Alphabetical list of drugs, medicines and other preparations free from, and containing, spirit compiled from the results of tests made by the customs houses at Calcutta, Bombay, and Madras
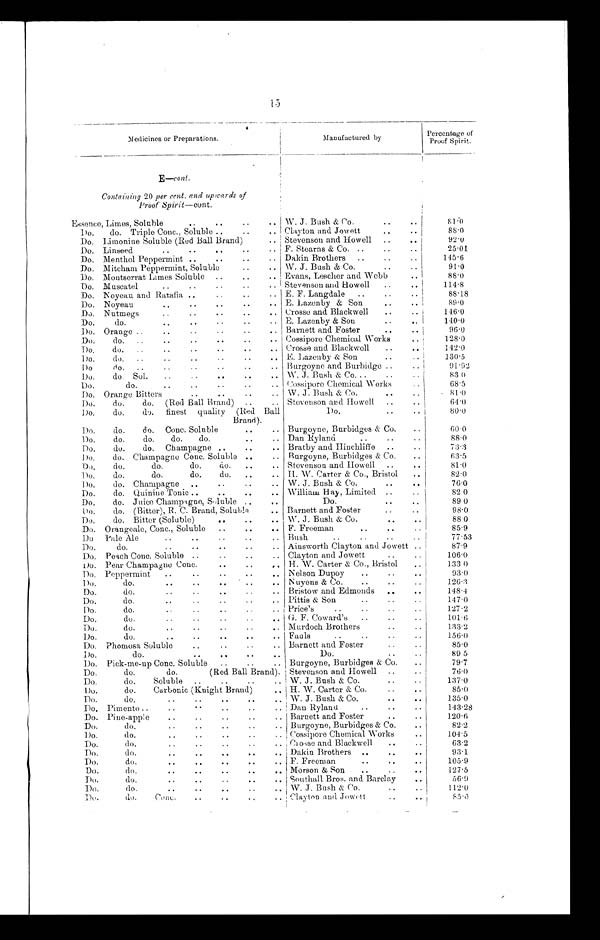
15
Medicines or Preparations.
Manufactured by
Percentage of
Proof Spirit.
E—cont.
Containing 20 per cent. and upwards of
Proof Spirit—cont.
Essence, Limes, Soluble
.. .. ..
.
.
W. J. Bush & Co.
8 1 . 0
1)o,
do. Triple Conc., Soluble ..
..
..
Clayton and Jowett
...
88.0
Do. Limonine Soluble (Red Ball Brand)
.. Stevenson and Howell
.. ..
92.0
Do. Linseed
..
..
..
..
.. F. Stearns & Co. ..
..
2 5 . 0 1
Do. Menthol Peppermint ..
..
..
.. Dakin Brothers
..
..
..
1 4 5 . 6
Do. Mitcham Peppermint, Soluble
..
.. W. J. Bush & Co.
..
91.0
Do. Montserrat Limes Soluble
..
..
.. Evans, Lescher and Webb
8 8 . 0
Do. Muscatel
..
..
..
.. I Stevenson and Howell
..
114.8
Do. Noyeau and Ratafia ..
..
.. E. F. Langdale
..
88.18
Do. Noyeau
..
..
..
.. E. Lazenby. & Son
..
..
89 . 0
Do. Nutmegs
..
..
. .
. . Crosse and Blackwell
..
..
146.0
Do.
do.
..
..
..
.. E. Lazenby & Son
..
..
140.0
Do. Orange ..
..
..
. . . . Barnett and Foster
..
..
96.0
Do.
do.
..
..
..
..
.. Cossipore Chemical Works
..
128.0
Do,
do. ..
..
. . . .
. .
.
Crosse and Blackwell
..
. .
142.0
Do.. d o .
. .
. .
. .
. .
. . E. Lazenby & Son
..
. .
130.5
Do
do. ..
..
...
..
. . Burgoyne and Burbidge ..
.
91.92
Do.
do. Sol. . .
. .
. .
. .
. . W. J. Bush & Co. .. .
..
. .
83. 0
Do.
do.
..
..
..
. . Cossipore Chemical Works
..
68.5
Do. Orange Bitters
..
..
..
. . W. J. Bush & Co. . .
. .
.
81.0
Do.
do.
do. (Red Ball Brand) ..
. . Stevenson and Howell ..
. '
64.0
Do.
do.
do. finest quality (Red Ball
Brand).
Do.
..
80.0
Do.
do.
do. Cone. Soluble
..
. . Burgoyne, Burbidges & Co. . .
6 0 . 0
Do.
do.
do.
do.
do.
..
.. Dan Ryland
..
..
..
8 8 . 0
Do.
do.
do.
Champagne ..
.. Bratby and Hinchliffe
..
7 3 . 3
Do.
do. Champagne Conc. Soluble ..
.. Burgoyne, Burbidges & Co.
..
63.5
- Do.
do. d o .
d o .
d o .
. .
. . Stevenson and. Howell ..
. .
81.0
Do.
do.
do.
do.
do. ..
.. IL W. Carter & Co., Bristol
..
82.0
Do.
do. Champagne ..
..
..
.. W. J. Bush & Co.
..
..
76.0
Do.
do. Quinine Tonic ..
. . . . . .
William Hay, Limited ..
82.0
Do.
do. Juice Champagne, Soluble ..
. .
Do. . .
. .
89.0
Do.
do. (Bitter), R. C. Brand, Soluble
. . Barnett and Foster
..
98.0
Do
do. Bitter (Soluble)
..
. . . .
W. J . Bush & Co.
..
. .
88.0
Do. Orangeale, Conc., Soluble ..
..
. . F. Freeman
..
..
85.9
Do Pale Ale
..
..
..
..
. . Bush
. . . .
. .
. .
77.53
Do.
do. . .
. .
. .
. . Ainsworth Clayton and Jowett . .
87.9
Do. Peach Conc. Soluble ..
..
..
. . Clayton and Jowett
..
. .
106.0
Do. Pear Champagne Conc.
..
..
. . H. W. Carter & Co., Bristol
. .
133.0
Do. Peppermint
..
..
..
..
.. Nelson Dupoy ..
..
. .
93.0
Do.
do.
..
..
..
..
. . Nuyens & Co.
..
..
126.3
Do.
do.
..
..
..
..
.. Bristow and Edmonds ..
..
148.4
Do.
do. . .
. .
. .
. . Pittis & Son
..
..
147.0
Do,
do.
..
..
..
.. Price's
..
..
1 2 7 . 2
Do.
do.
..
..
..
..
. . G. F. Coward's ..
..
..
101.6
Do.
do.
..
..
..
..
Murdoch Brothers
.. ..
133.2
Do.
do.
..
..
..
..
. . Fauls
..
..
..
. .
156.0
Do. Phomosa, Soluble
..
..
..
.. Barnett and Foster
..
..
85.0
Do.
do.
..
..
..
..
Do.
..
..
89 5
Do. Pick-me-up Conc. Soluble ..
.. Burgoyne, Burbidges & Co.
..
79.7
Do.
do.
do.
(Red Ball Brand). Stevenson and Howell ..
..
76.0
Do.
do.
Soluble ..
..
..
.. W. J. Bush & Co.
..
.. I
137.0
Do.
do.
Carbonic (Knight Brand)
.. H. W. Carter & Co.
. .
85.0
Do.
do.
..
. .
. .
. .
. . W. J. Bush & Co.
..
. .
135.0
Do. Pimento ..
..
..
..
..
.. Dan Ryland
..
143.28
Do. Pine-apple
..
..
..
..
.. Barnett and Foster
..
..
120.6
Do.
do,
..
..
..
..
.. Burgoyne, Burbidges & Co.
. . i
82.2
Do.
do.
..
..
..
..
.. Cossipore Chemical Works
..
104.5
Do.
d 0 .
. . ; . . .
. . . Chosse and Blackwell
..
63.2
Do.
do...
. . . .
a ..
Dakin Brothers
..
..
. .
93.1
Do.
do.
..
..
. .
. .
. . F. Freeman
..
..
105.9
Do.
do.
..
. .
. -
. .
. . Morson & Son
..
. .
. .
1 2 7 . 5
Do.
do... ..
Southall Bros. and Barclay
. .
56.9
Do.
do... - . . . . .
W. J. Bush & Co.
. .
. .
112.0
Do.
do.
Conc.
. .
. .
. . Clayton and Jowett
..
. . i
85.0